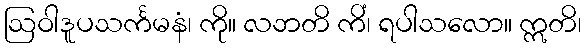
ဩဝါဒူပသင်္ကမနံ၊ ကို။ လဘတိ ကိံ၊ ရပါသလော။ ဣတိ၊